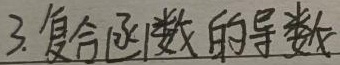
3. 复合函数的导数